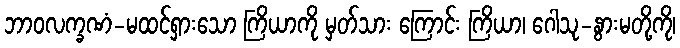
ဘာဝလက္ခဏံ-မထင်ရှားသော ကြိယာကို မှတ်သား ကြောင်း ကြိယာ၊ ဂေါသု-နွားမတို့ကို၊